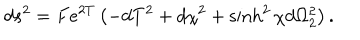
LaTeX: d s ^ { 2 } = F e ^ { 2 T } \left( - d T ^ { 2 } + d \chi ^ { 2 } + \sinh ^ { 2 } \chi d \Omega _ { 2 } ^ { 2 } \right) .